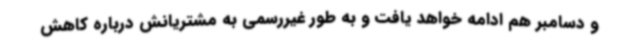
و دسامبر هم ادامه خواهد یافت و به طور غیررسمی به مشتریانش درباره کاهش